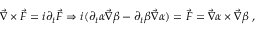
\vec { \nabla } \times \vec { F } = i \partial _ { t } \vec { F } \Rightarrow i ( \partial _ { t } \alpha \vec { \nabla } \beta - \partial _ { t } \beta \vec { \nabla } \alpha ) = \vec { F } = \vec { \nabla } \alpha \times \vec { \nabla } \beta \; ,